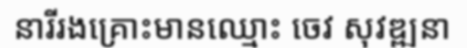
នារីរងគ្រោះមានឈ្មោះ ចេវ សុវឌ្ឍនា